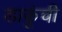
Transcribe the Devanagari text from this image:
डाकूंची